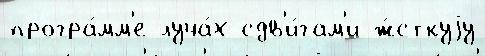
програ́мм'е луча́х сдв'и́гам'и ж́сткуjу